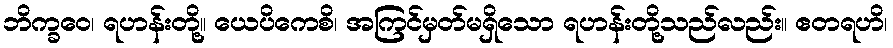
ဘိက္ခဝေ၊ ရဟန်းတို့။ ယေပိကေစိ၊ အကြင်မှတ်မရှိသော ရဟန်းတို့သည်လည်း။ ဧတရဟိ၊